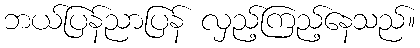
ဘယ်ပြန်ညာပြန် လှည့်ကြည့်နေသည်။